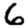
Digit: 6